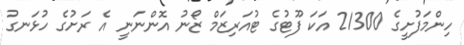
ހިންމަފުށީގެ 21300 އަކަ ފޫޓުގެ ޓުއަރިޒަމް ޒޯނު އޮންނަނީ އެ ރަށުގެ ހުޅަނގު